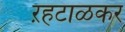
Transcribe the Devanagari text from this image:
ऱहटाळकर